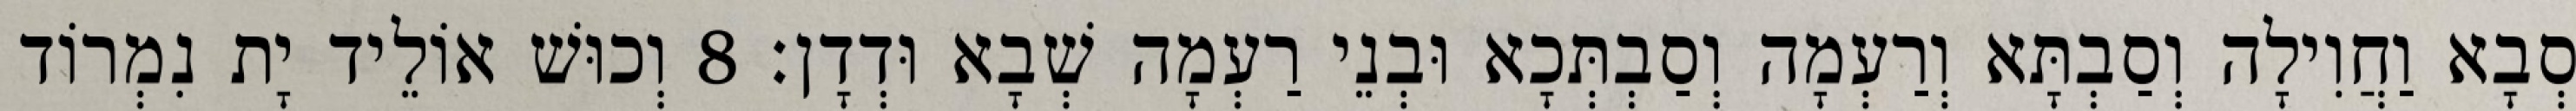
סְבָא וַחֲוִילָה וְסַבְתָּא וְרַעְמָה וְסַבְתְּכָא וּבְנֵי רַעְמָה שְׁבָא וּדְדָן׃ 8 וְכוּשׁ אוֹלֵיד יָת נִמְרוֹד